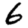
Digit: 6